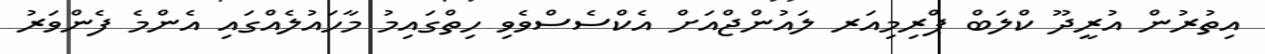
އިތުރުން އުރީދޫ ކްލަބް ޕްރިމިއަރ ލައުންޖްއަށް އެކްސެސްވެވި ހިތްގައިމު މާހައުލެއްގައި އެންމެ ފެންވަރު